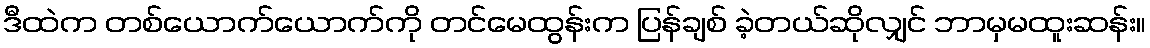
ဒီထဲက တစ်ယောက်ယောက်ကို တင်မေထွန်းက ပြန်ချစ် ခဲ့တယ်ဆိုလျှင် ဘာမှမထူးဆန်း။